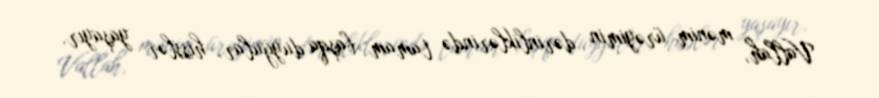
Vallah, mənim ürəyimin dərinliklərində tamam başqa duyğular, hisslər yaşayır.